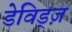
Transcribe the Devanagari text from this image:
डेविड्ज़